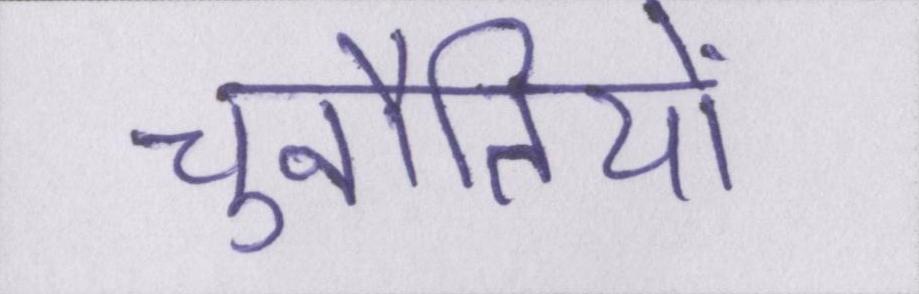
चुनौतियों